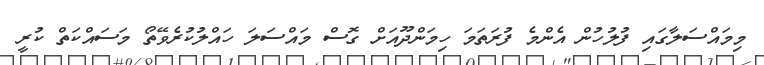
މިމައްސަލާގައި ފުލުހުން އެންމެ ފުރަތަމަ ހިމަންދޫއަށް ގޮސް މައްސަލަ ހައްލުކުރެވޭތޯ މަސައްކަތް ކުރީ